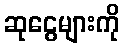
ဆုငွေများကို